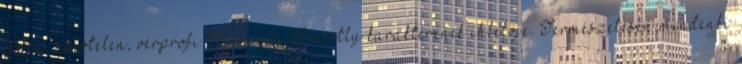
rideg, szívtelen, vérprofi Miranda Priestly karakterének ihletője. Természetesen mindenki